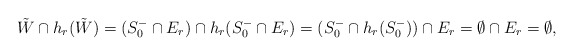
\begin{align*}\tilde W \cap h_r(\tilde W) =(S_0^- \cap E_r) \cap h_r(S_0^- \cap E_r)=(S_0^-\cap h_r(S_0^-))\cap E_r =\emptyset \cap E_r=\emptyset,\end{align*}